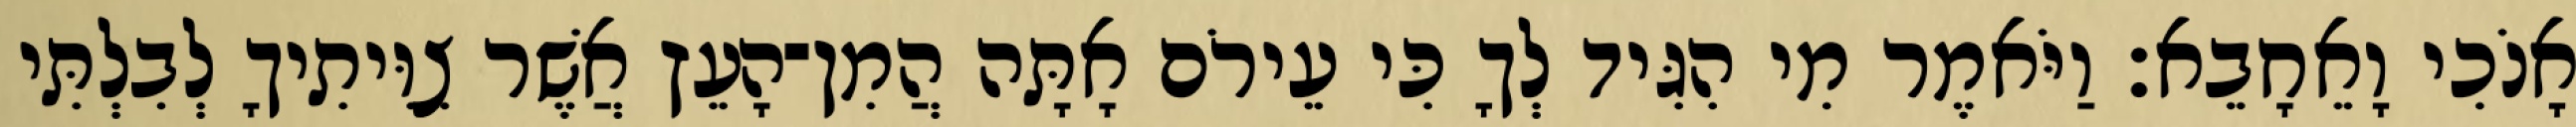
אָנֹכִי וָאֵחָבֵא׃ וַיֹּאמֶר מִי הִגִּיד לְךָ כִּי עֵירֹם אָתָּה הֲמִן־הָעֵץ אֲשֶׁר צִוִּיתִיךָ לְבִלְתִּי